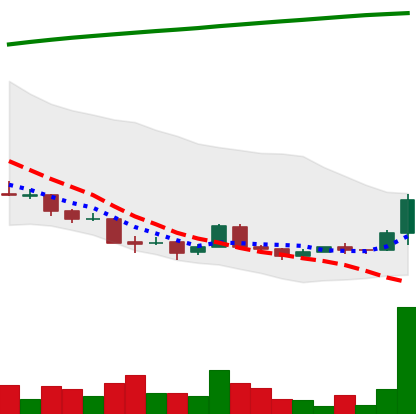
Ticker: XRP-USD
Chart end date: 2018-04-12
Forward return: 4.485%
Label: up_3_5